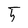
Character: 5